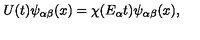
U ( t ) \psi _ { \alpha \beta } ( x ) = \chi ( E _ { \alpha } t ) \psi _ { \alpha \beta } ( x ) ,